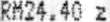
RM24.40 Z